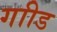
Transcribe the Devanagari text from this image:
गाीड